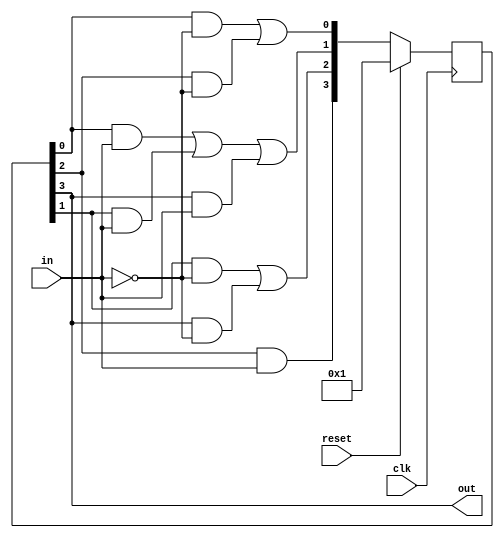
module top_module(
    input clk,
    input in,
    input reset,
    output out); //

    parameter A = 0;
    parameter B = 1;
    parameter C = 2;
    parameter D = 3;

    reg [3:0] state;
    reg [3:0] next_state;

    // State transition logic
    always @(*) begin
        next_state[A] = (state[A]&&(~in)) || (state[C]&&(~in));
        next_state[B] = (state[A]&&in) || (state[B]&&in) || (state[D]&&in);
        next_state[C] = (state[B]&&(~in)) || (state[D]&&(~in));
        next_state[D] = (state[C]&&in);
    end
    // State flip-flops with synchronous reset
    always @(posedge clk) begin
        if(reset)
        begin
            state <= 4'b0001;
        end
        else
        begin
            state <= next_state;
        end
    end

    // Output logic
    assign out = state[D];

endmodule